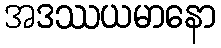
အဒဿယမာနော